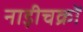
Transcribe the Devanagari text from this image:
नाड़ीचक्रों